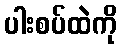
ပါးစပ်ထဲကို